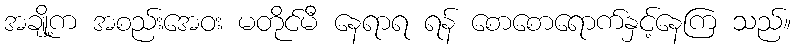
အချို့က အစည်းအေဝး မတိုင်မီ နေရာရ ရန် စောစောရောက်နှင့်နေကြ သည်။